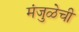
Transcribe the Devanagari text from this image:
मंजुळेची